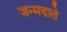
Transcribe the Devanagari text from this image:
जन्मदाते